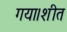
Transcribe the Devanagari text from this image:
गया।शीत